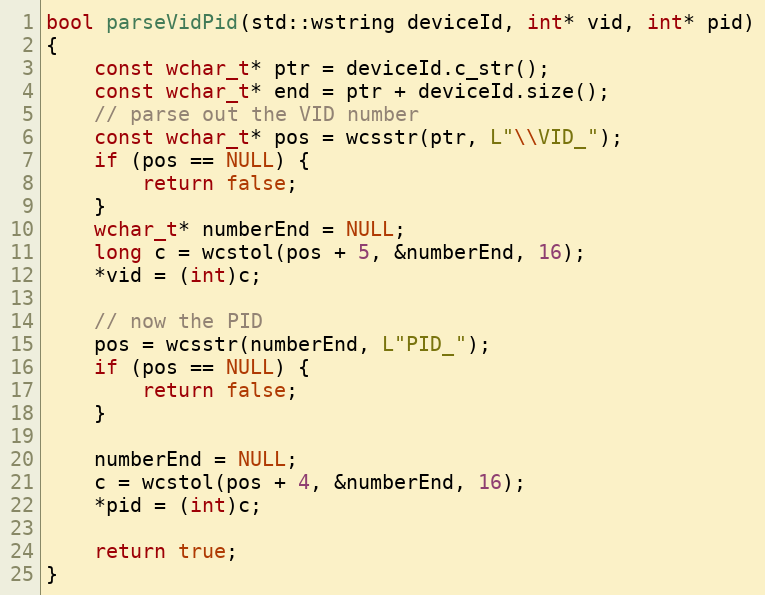
Language: C++
bool parseVidPid(std::wstring deviceId, int* vid, int* pid)
{
    const wchar_t* ptr = deviceId.c_str();
    const wchar_t* end = ptr + deviceId.size();
    // parse out the VID number
    const wchar_t* pos = wcsstr(ptr, L"\\VID_");
    if (pos == NULL) {
        return false;
    }
    wchar_t* numberEnd = NULL;
    long c = wcstol(pos + 5, &numberEnd, 16);
    *vid = (int)c;

    // now the PID
    pos = wcsstr(numberEnd, L"PID_");
    if (pos == NULL) {
        return false;
    }

    numberEnd = NULL;
    c = wcstol(pos + 4, &numberEnd, 16);
    *pid = (int)c;

    return true;
}